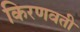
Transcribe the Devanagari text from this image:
किरणवती